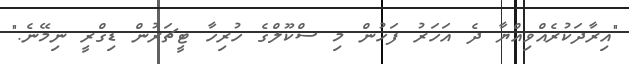
"އިރާދަކުރެއްވިއްޔާ ދެ އަހަރު ފަހުން މި ސްކޫލްގެ ހުރިހާ ޓީޗަރުން ޑިގްރީ ނިމޭނެ."